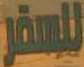
للسفر